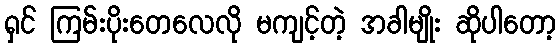
ရှင် ကြမ်းပိုးတေလေလို မကျင့်တဲ့ အခါမျိုး ဆိုပါတော့